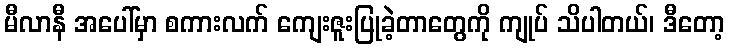
မီလာနီ အပေါ်မှာ စကားလက် ကျေးဇူးပြုခဲ့တာတွေကို ကျုပ် သိပါတယ်၊ ဒီတော့